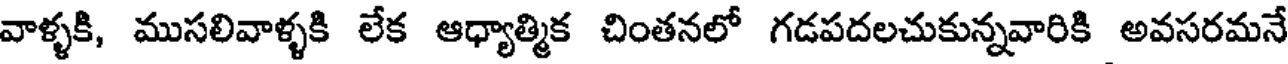
వాళ్ళకి, ముసలివాళ్ళకి లేక ఆధ్యాత్మిక చింతనలో గడపదలచుకున్నవారికి అవసరమనే